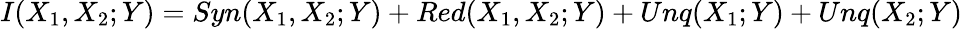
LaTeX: I(X_{1},X_{2};Y)=Syn(X_{1},X_{2};Y)+Red(X_{1},X_{2};Y)+Unq(X_{1};Y)+Unq(X_{2};Y)